Annual returns of the Patna Lunatic Asylum at Bankipore in Bihar and Orissa - 1912-1924
Year: 1912
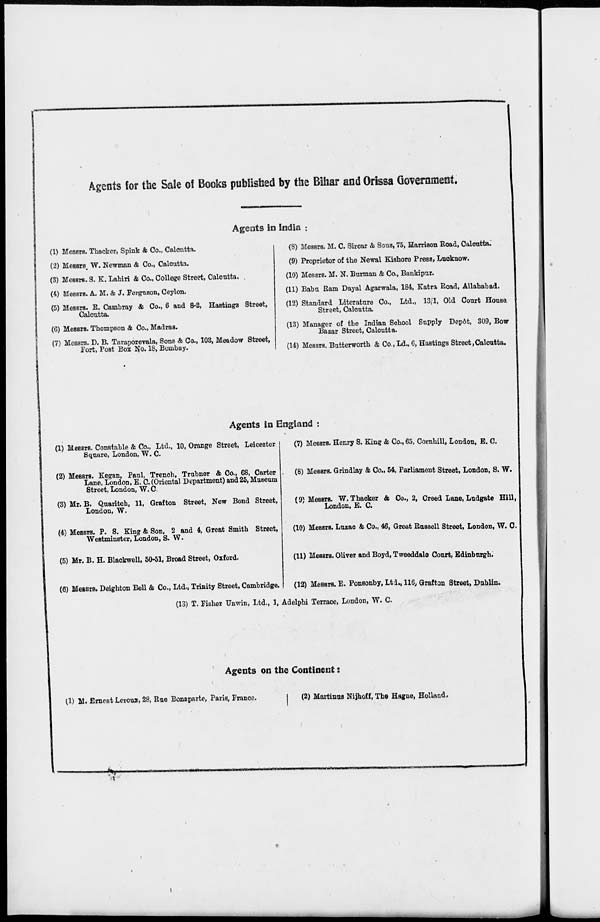
Agents for the Sale of Books published by the Bihar and Orissa Government.
Agents in India :
(1) Messrs. Thacker, Spink & Co., Calcutta.
(2) Messrs. W. Newman & Co., Calcutta.
(3) Messrs. S. K. Lahiri & Co., College Street, Calcutta.
(4) Messrs. A. M. & J. Ferguson, Ceylon.
(5) Messrs. R. Cambray & Co., 6 and 8-2, Hastings Street,
Calcutta.
(6) Messrs. Thompson & Co., Madras.
(7) Messrs. D. B. Taraporevala, Sons & Co., 103, Meadow Street,
Fort, Post Box No. 18, Bombay.
(8) Messrs. M. C. Sircar & Sons, 75, Harrison Road, Calcutta,
(9) Proprietor of the Newal Kishore Press, Lucknow.
(10) Messrs. M. N. Barman & Co., Bankipur.
(11) Babu Ram Dayal Agarwala, 184, Katra Road, Allahabad.
(12) Standard Literature Co., Ltd., 13/1, Old Court House
Street, Calcutta.
(13) Manager of the Indian School Supply Depôt, 309, Bow
Bazar Street, Calcutta.
(14) Messrs. Butterworth & Co., Ld., 6, Hastings Street,Calcutta.
Agents in England :
(1) Messrs. Constable & Co., Ltd., 10, Orange Street, Leicester
Square, London, W. C.
(2) Messrs. Kegan, Paul, Trench, Trubner & Co., 68, Carter
Lane, London, & C. (Oriental Department) and 25, Museum
Street, London, W. C
(3) Mr. B. Quaritch, 11, Grafton Street, New Bond Street,
London, W.
(4) Messrs. P. S. King & Son, 2 and 4, Great Smith Street,
Westminster, London, S. W.
(5) Mr. B. H. Blackwell, 50-51, Broad Street, Oxford.
(6) Messrs. Deighton Bell & Co., Ltd., Trinity Street, Cambridge,
(7) Messrs. Henry S. King ft Co., 65, Cornhill, London, E. C.
(8) Messrs. Grindlay & Co., 54, Parliament Street, London, S. W.
(9) Messrs. W.Thacker & Co., 2, Creed Lane, Ludgate Hill,
London, E. C.
(10) Messrs. Luzac & Co., 46, Great Russell Street, London, W. C.
(11) Messrs. Oliver and Boyd, Tweeddale Court Edinburgh.
(12) Messrs. E. Ponsonby, Ltd., 116, Grafton Street, Dublin.
(13) T. Fisher Unwin, Ltd., 1, Adelphi Terrace, London, W. C.
Agents on the Continent:
(1) M. Ernest Leroux, 28, Rue Bonaparte, Paris, France.
(2) Martinus Nijhoff, The Hague, Holland.